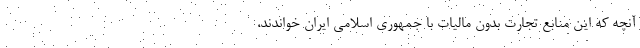
آنچه که این منابع تجارت بدون مالیات با جمهوری اسلامی ایران خواندند،